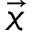
\vec { x }